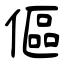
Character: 傴